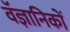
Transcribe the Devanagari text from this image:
वॅज्ञानिकों